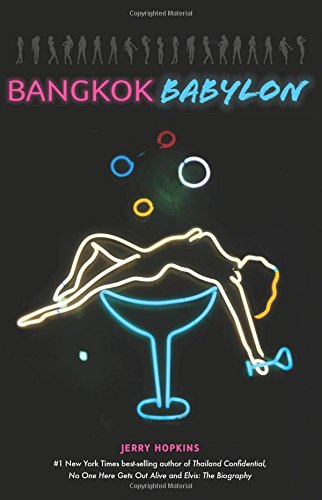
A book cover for Bangkok Babylon: The Real-Life Exploits of Bangkok's Legendary Expatriates are often Stranger than Fiction; Jerry Hopkins; History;